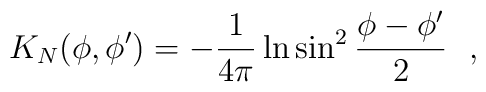
K_N(\phi , \phi ')=-{1\over 4\pi }\ln \sin^2{\phi-\phi '\over 2}~~,